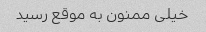
خیلی ممنون به موقع رسید